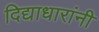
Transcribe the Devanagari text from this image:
दिद्याधारांनी